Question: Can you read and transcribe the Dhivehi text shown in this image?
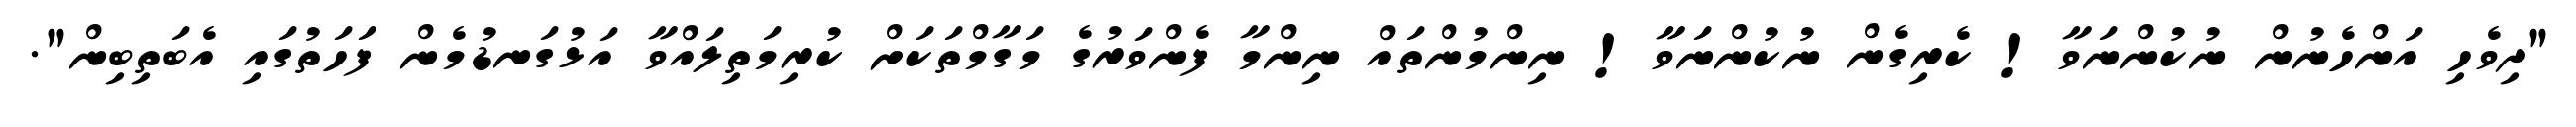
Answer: "ދިވެހި އަންހެނުން ނުކުންނަވާ! ކެރިގެން ނުކުންނަވާ! ނިންމުންތައް ނިންމާ ފެންވަރުގެ މަގާމްތަކަށް ކުރިމަތިލައްވާ އަޅުގަނޑުމެން ފަހަތުގައި އެބަތިބިން".